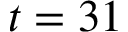
t = 3 1